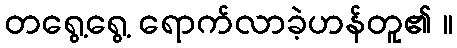
တရွေ့ရွေ့ ရောက်လာခဲ့ဟန်တူ၏ ။